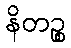
နိတဉ္စ